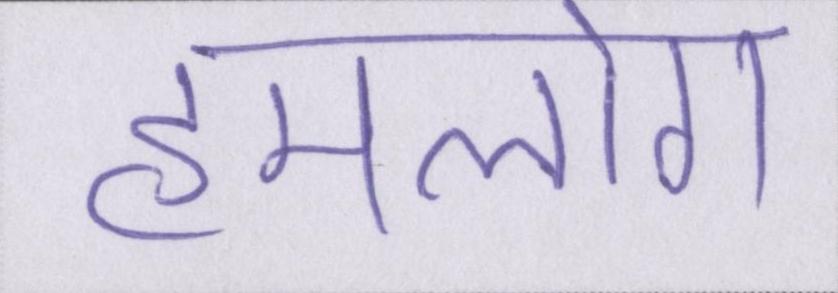
हमलोग